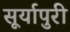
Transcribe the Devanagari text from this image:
सूर्यापुरी